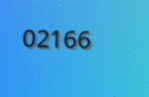
02166